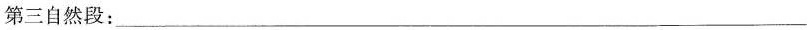
第三自然段：_______